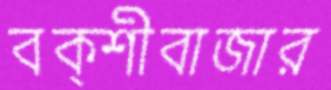
বক্শীবাজার